Leaving Certificate Examination (including Day School Certificate (Higher) General paper), 1927
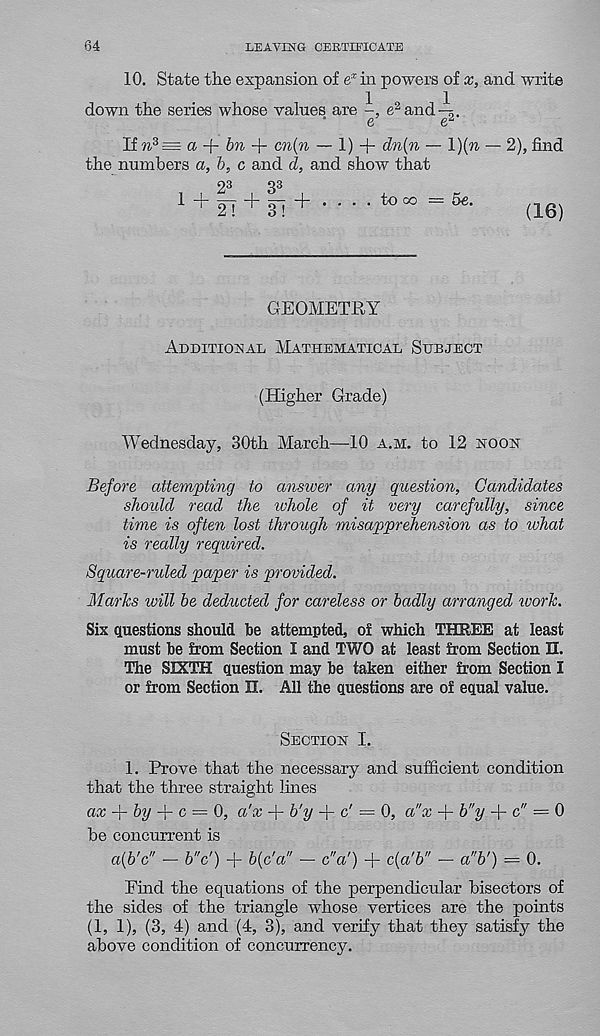
64
LEAVING CERTIFICATE
10. State the expansion of e x in powers of x, and write
down the series whose values are
e 2 and -4.
e
e 2
If n 3 = a
bn + cn(n — 1) + dn(n — l){n — 2), find
the numbers a, b, c and d, and show that
1 + It + ll +
to oo = 6e.
(16)
GEOMETRY
Additional Mathematical Subject
(Higher Grade)
Wednesday, 30th March—10 a.m. to 12 hook
Before attempting to answer any question, Candidates
should read the ivhole of it very carefully, since
time is often lost through misapprehension as to what
is really required.
Square-ruled paper is provided.
Marks will be deducted for careless or badly arranged vjorlc.
Six questions should be attempted, of which THREE at least
must be from Section I and TWO at least from Section H.
The SIXTH question may be taken either from Section I
or from Section II. All the questions are of equal value.
Section I.
1. Prove that the necessary and sufficient condition
that the three straight lines
ax -f by
c — 0, a'x + b'y + c' = 0, a"x + b"y + c" = 0
be concurrent is
a{b’c" - b"c') + blc'a" - cV) + c[a'b" - a"b') = 0.
Find the equations of the perpendicular bisectors of
the sides of the triangle whose vertices are the points
(1, 1), (3, 4) and (4, 3), and verify that they satisfy the
above condition of concurrency.